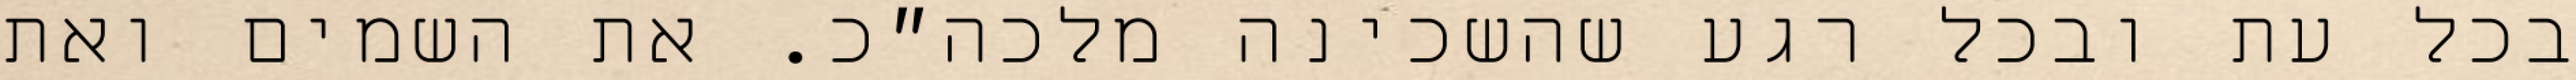
בכל עת ובכל רגע שהשכינה מלכה״כ. את השמים ואת